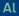
al